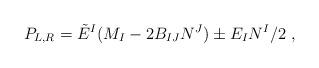
LaTeX: \begin{align*} P_{L,R} ={\tilde E}^I (M_I -2B_{IJ}N^J) \pm E_I N^I /2 ~,\end{align*}